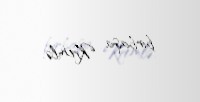
birbaşa Kremlə.